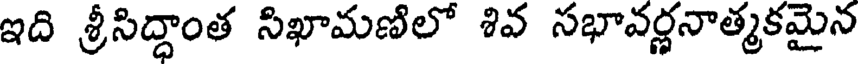
ఇది శ్రీసిద్ధాంత సిఖామణిలో శివ సభావర్ణనాత్మకమైన